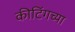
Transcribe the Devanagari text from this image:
कीटिंगच्या